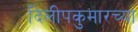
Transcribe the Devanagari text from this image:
दिलीपकुमारच्या